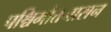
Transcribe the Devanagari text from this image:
पश्चिमोत्तनासन